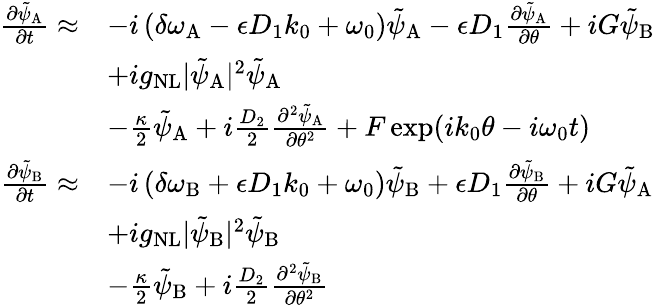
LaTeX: \begin{array}{rl}{\frac{\partial\tilde{\psi}_{\mathrm{A}}}{\partial t}\approx}&{-i\left(\delta\omega_{\mathrm{A}}-\epsilon D_{1}k_{0}+\omega_{0}\right)\tilde{\psi}_{\mathrm{A}}-\epsilon D_{1}\frac{\partial\tilde{\psi}_{\mathrm{A}}}{\partial\theta}+iG\tilde{\psi}_{\mathrm{B}}}\\ &{+ig_{\mathrm{NL}}\vert\tilde{\psi}_{\mathrm{A}}\vert^{2}\tilde{\psi}_{\mathrm{A}}}\\ &{-\frac{\kappa}{2}\tilde{\psi}_{\mathrm{A}}+i\frac{D_{2}}{2}\frac{\partial^{2}\tilde{\psi}_{\mathrm{A}}}{\partial\theta^{2}}+F\exp(ik_{0}\theta-i\omega_{0}t)}\\ {\frac{\partial\tilde{\psi}_{\mathrm{B}}}{\partial t}\approx}&{-i\left(\delta\omega_{\mathrm{B}}+\epsilon D_{1}k_{0}+\omega_{0}\right)\tilde{\psi}_{\mathrm{B}}+\epsilon D_{1}\frac{\partial\tilde{\psi}_{\mathrm{B}}}{\partial\theta}+iG\tilde{\psi}_{\mathrm{A}}}\\ &{+ig_{\mathrm{NL}}\vert\tilde{\psi}_{\mathrm{B}}\vert^{2}\tilde{\psi}_{\mathrm{B}}}\\ &{-\frac{\kappa}{2}\tilde{\psi}_{\mathrm{B}}+i\frac{D_{2}}{2}\frac{\partial^{2}\tilde{\psi}_{\mathrm{B}}}{\partial\theta^{2}}}\end{array}